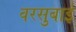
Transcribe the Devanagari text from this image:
वरसुबाई